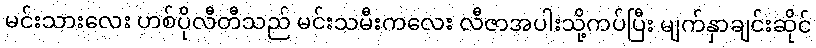
မင်းသားလေး ဟစ်ပိုလီတီသည် မင်းသမီးကလေး လီဇာအပါးသို့ကပ်ပြီး မျက်နှာချင်းဆိုင်